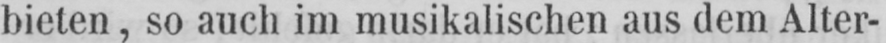
bieten, so auch im musikalischen aus dem Alter-